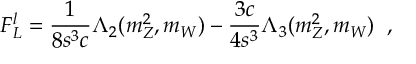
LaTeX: F _ { L } ^ { l } = \frac { 1 } { 8 s ^ { 3 } c } \Lambda _ { 2 } ( m _ { Z } ^ { 2 } , m _ { W } ) - \frac { 3 c } { 4 s ^ { 3 } } \Lambda _ { 3 } ( m _ { Z } ^ { 2 } , m _ { W } ) \; \; ,